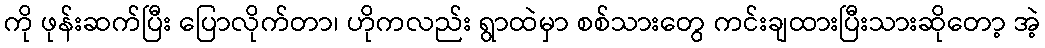
ကို ဖုန်းဆက်ပြီး ပြောလိုက်တာ၊ ဟိုကလည်း ရွာထဲမှာ စစ်သားတွေ ကင်းချထားပြီးသားဆိုတော့ အဲ့